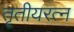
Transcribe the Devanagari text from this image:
तृतीयरत्‍न